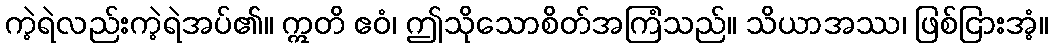
ကဲ့ရဲလည်းကဲ့ရဲအပ်၏။ ဣတိ ဧဝံ၊ ဤသိုသောစိတ်အကြံသည်။ သိယာအဿ၊ ဖြစ်ငြားအံ့။